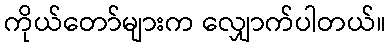
ကိုယ်တော်များက လျှောက်ပါတယ်။